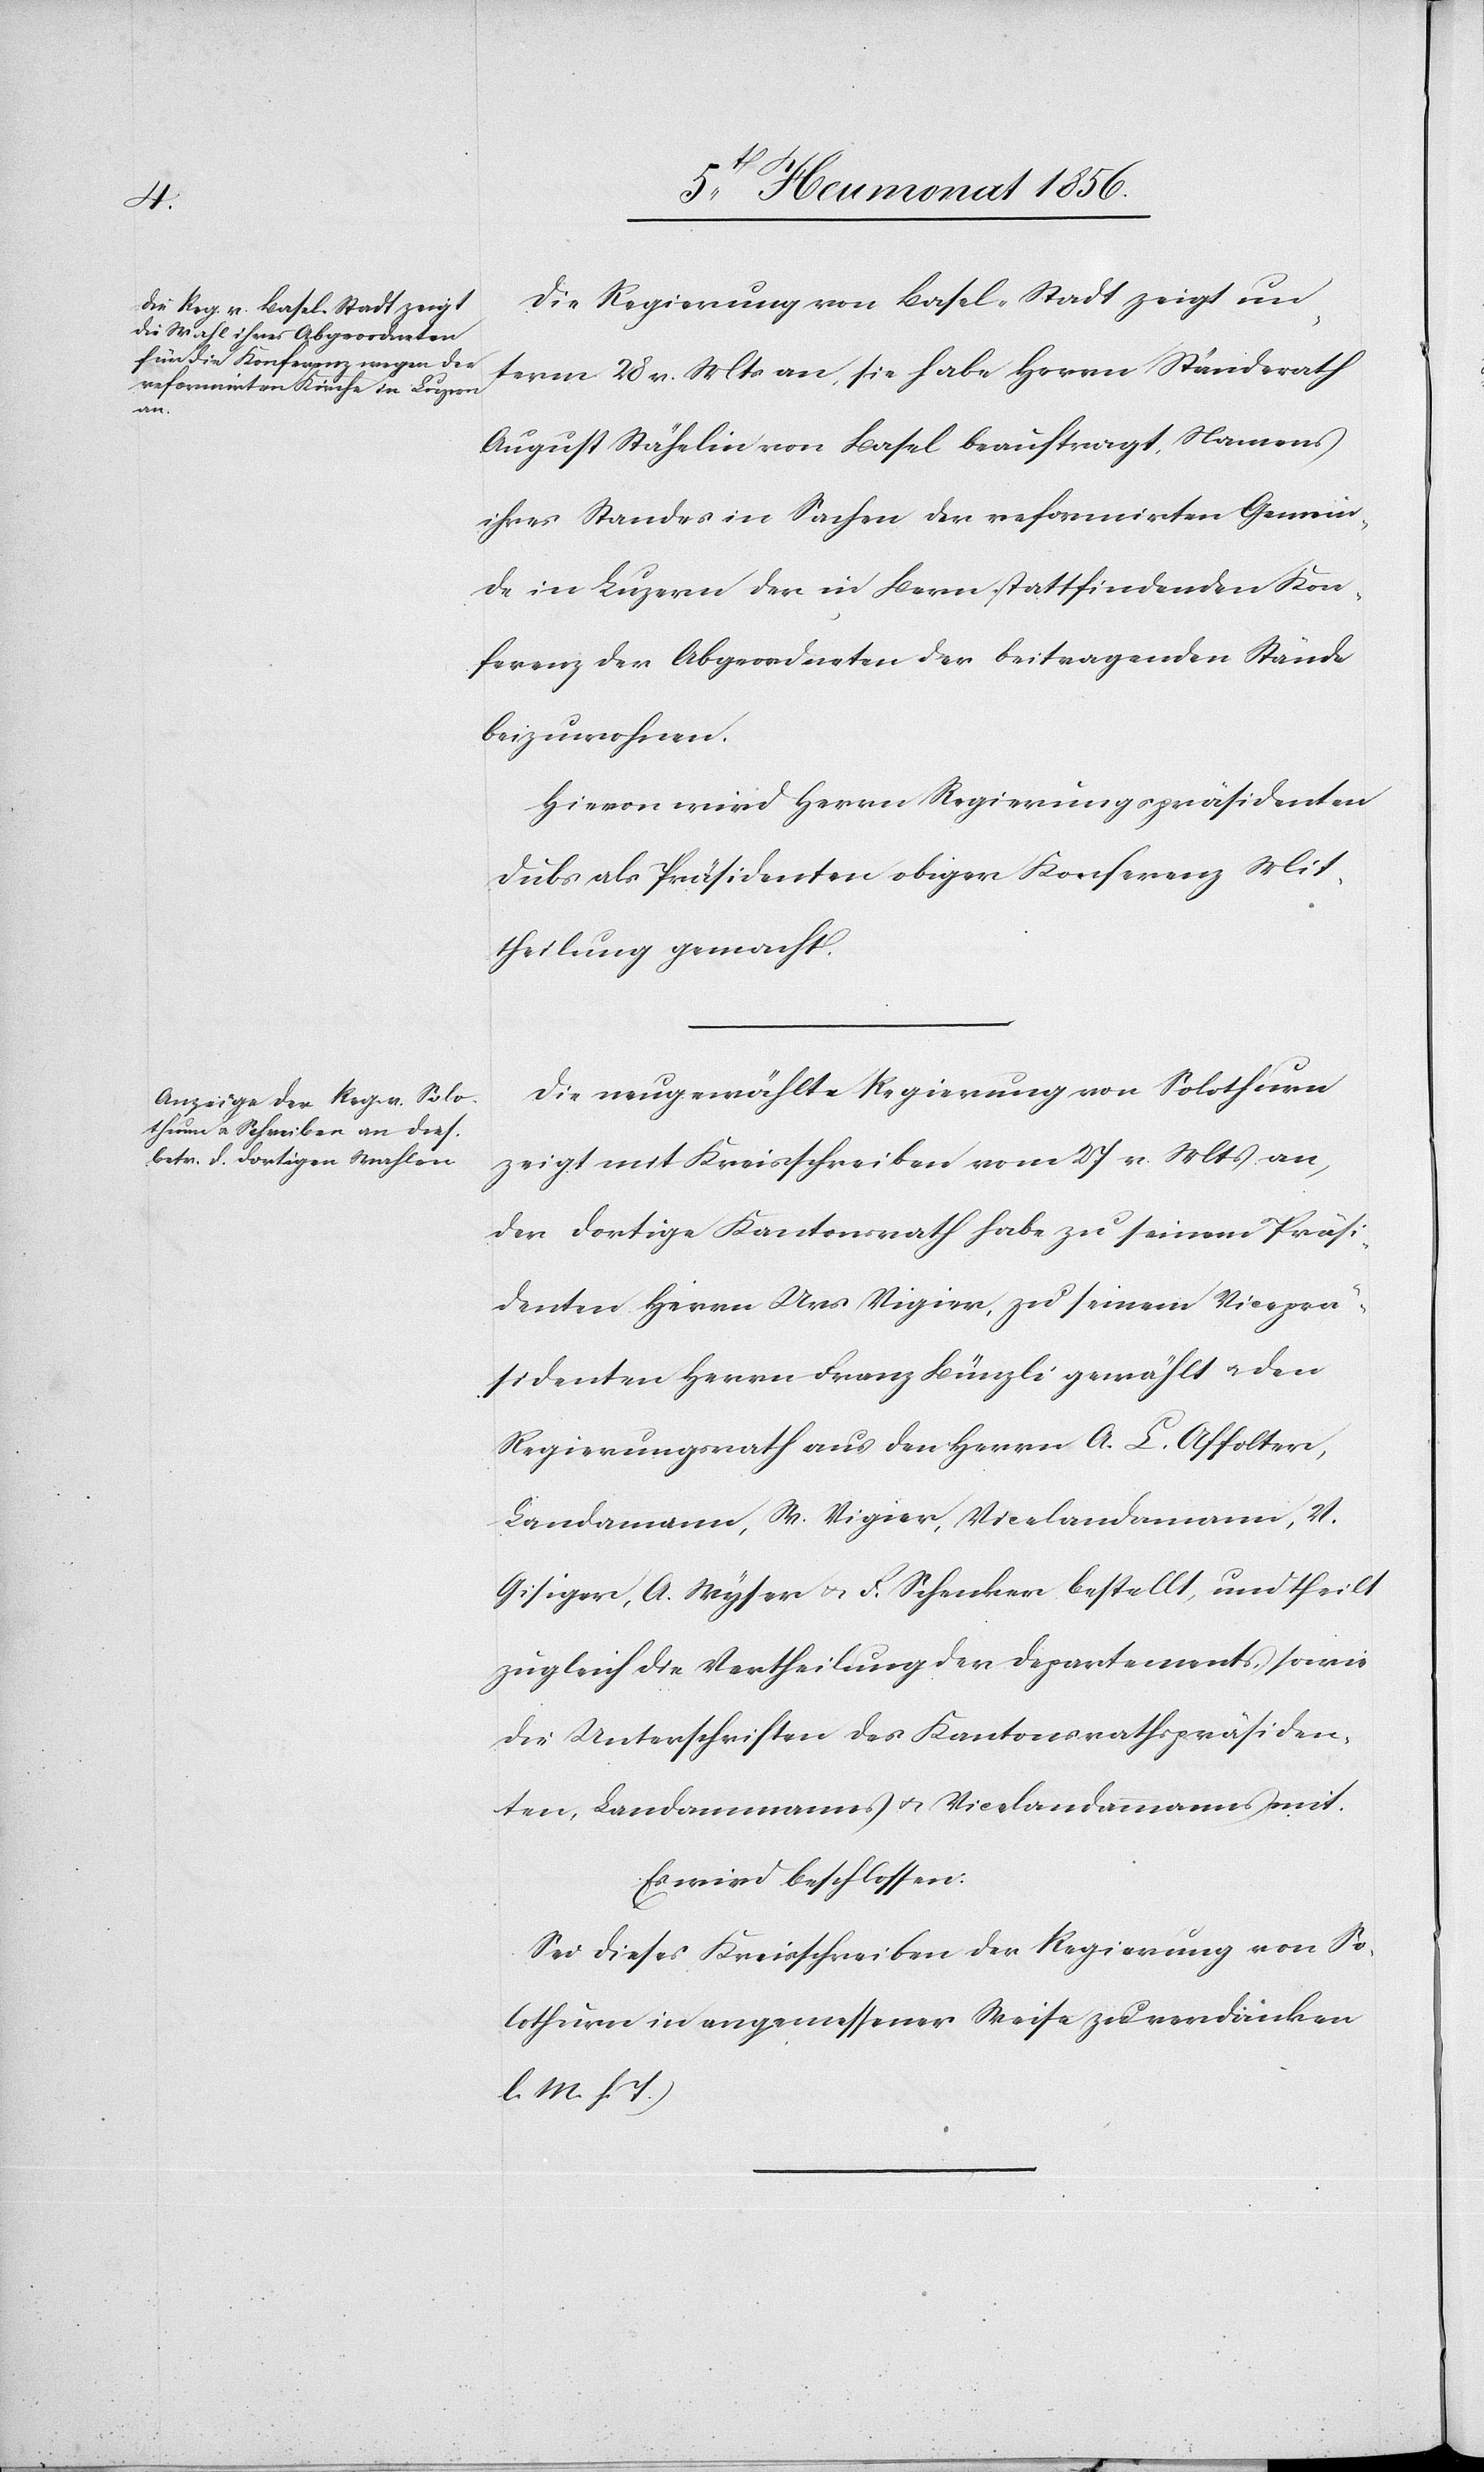
Die Regierung von Basel-Stadt zeigt un¬
term 28 v. Mts an, sie habe Herrn Ständerath
August Stähelin von Basel beauftragt, Namens
ihres Standes in Sachen der reformirten Gemein¬
de in Luzern der in Bern stattfindenden Kon¬
ferenz der Abgeordneten der beitragenden Stände
beizuwohnen.
Hievon wird Herrn Regierungspräsidenten
Dubs als Präsidenten obiger Konferenz Mit¬
theilung gemacht.
Die neugewählte Regierung von Solothurn
zeigt mit Kreisschreiben vom 27 v. Mts an,
der dortige Kantonsrath habe zu seinem Präsi¬
denten Herrn Urs Vigier, zu seinem Viceprä¬
sidenten Herrn Franz Bünzli gewählt u. den
Regierungsrath aus den Herrn A. L. Affolter,
Landammann, W. Vigier, Vicelandammann, V.
Gisiger, A. Wyser u. F. Schenker bestellt, und theilt
zugleich die Vertheilung der Departements, sowie
die Unterschriften des Kantonsrathspräsiden¬
ten, Landammanns u. Vicelandammanns mit.
Es wird beschlossen:
Sei dieses Kreisschreiben der Regierung von So¬
lothurn in angemessener Weise zu verdanken
l. M. h. T.)